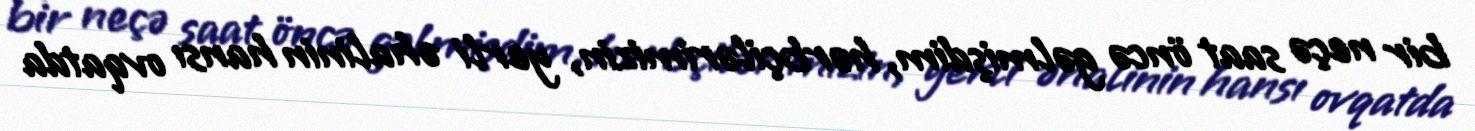
bir neçə saat öncə gəlmişdim, hərbçilərimizin, yerli əhalinin hansı ovqatda